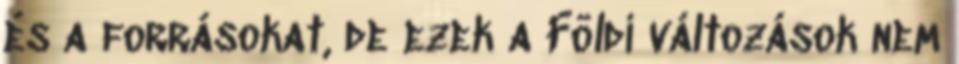
és a forrásokat, de ezek a Földi változások nem